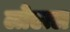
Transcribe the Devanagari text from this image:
लोएत्ल